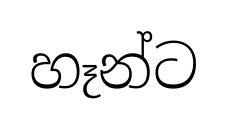
හෑන්ට